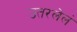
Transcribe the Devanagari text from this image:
उतरलेलं